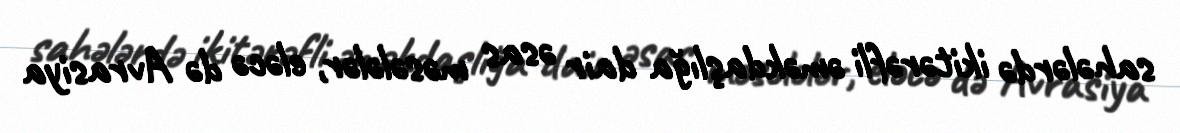
sahələrdə ikitərəfli əməkdaşlığa dair əsas məsələlər, eləcə də Avrasiya